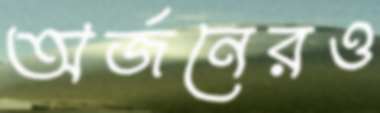
অর্জনেরও